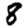
Digit: 8